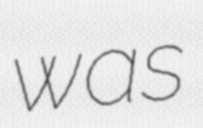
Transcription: was